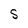
Character: S